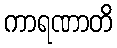
ကာရဏာတိ